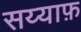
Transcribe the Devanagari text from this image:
सय्याफ़